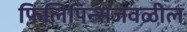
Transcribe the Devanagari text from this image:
फिलिपिन्सजवळील